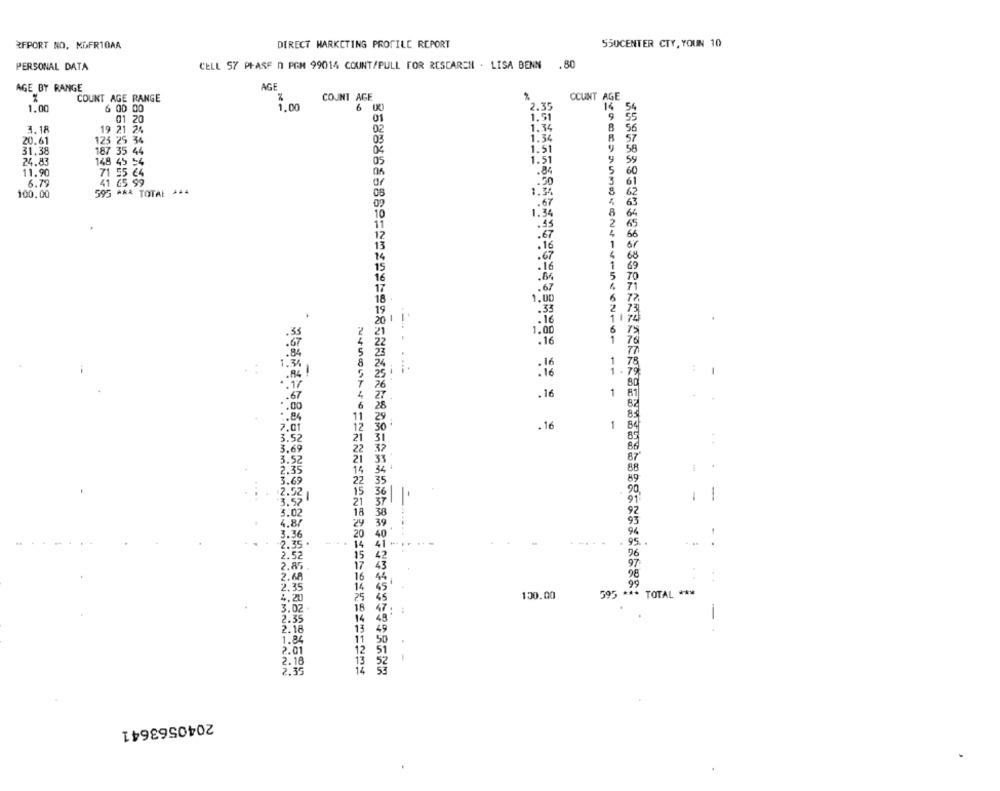
REPORT NO. MGFR10AA
DIRECT MARKETING PROFILE REPORT
550CENTER CTY, YOUN 10
PERSONAL DATA
CELL 57 PHASE O PGM 99014 COUNT/PULL FOR RESEARCH . LISA BENN .80
AGE BY RANGE
AGE
%
COUNT AGE
2
CCUNT AGE
COUNT AGE RANGE
1.00
6 00 00
1.00
6 IX
2.35
16
9
3.18
1.34
19 21 24
20.61
125 25 34
1.34
R
31.38
187 35 44
1.51
24.83
148 45 54
5
11.90
.84
6.79
71 55 C4
41 65 99
.50
100.00
595 *** TOTAL ** 4
62
.67
63
1:34
64
65
66
or
68
1
69
5
70
71
1.0
6
77,
2
1174
6
1.00
1
76
.16
1.
1.75
:
: 16
.16
1
81
67
82
84
83
7.01
.16
1
3.52
3.69
3.52
87
88
.
2.35
3.69
89
90
2.52
91
-
3.57
3.02
92
4.
93
94
3.
36
95.
-.
96
97
16
98
. .
2,35
595 *** TOTAL ***
1,20
130.00
3.02
18
.
14
2.35
2.18
13
1.84
11
2.01
51
2.18
2.35
2040563641